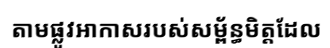
តាមផ្លូវអាកាសរបស់សម្ព័ន្ធមិត្តដែល